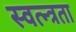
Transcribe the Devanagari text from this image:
स्वत्न्त्रता